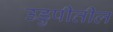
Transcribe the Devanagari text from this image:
उडुपीतील